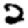
Digit: 2